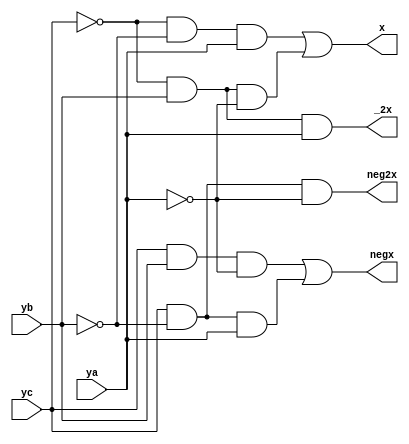
module YDecoder(
    input yc, yb, ya, //c -> i+1; b -> i; a -> i-1
    output negx, x, neg2x, _2x
    );

assign negx = (yc & yb & ~ya) | (yc & ~yb & ya);
assign x = (~yc & ~yb & ya) | (~yc & yb & ~ya);
assign neg2x = (yc & ~yb & ~ya);
assign _2x = (~yc & yb & ya);

endmodule


module BoothBase(
    input negx, x, neg2x, _2x,
    input InX,
    input PosLastX, NegLastX,
    output PosNextX, NegNextX,
    output OutX
    );

assign OutX = (negx & ~InX) | (x & InX) | (neg2x & NegLastX) | (_2x & PosLastX);
assign PosNextX = InX;
assign NegNextX = ~InX;

endmodule


module BoothInterBase(
    input [2:0] y,
    input [63:0] InX,
    output [63:0] OutX,
    output Carry
);

wire negx, x, neg2x, _2x;
wire [1:0] CarrySig [64:0];

YDecoder uu(.yc(y[2]), .yb(y[1]), .ya(y[0]), .negx(negx), .x(x), .neg2x(neg2x), ._2x(_2x));

BoothBase fir(.negx(negx), .x(x), .neg2x(neg2x), ._2x(_2x), .InX(InX[0]), .PosLastX(1'b0), .NegLastX(1'b1), .PosNextX(CarrySig[1][0]), .NegNextX(CarrySig[1][1]), .OutX(OutX[0]));

generate
    genvar i;
    for (i=1; i<64; i=i+1) begin: gfor
        BoothBase ui(
            .negx(negx),
            .x(x),
            .neg2x(neg2x),
            ._2x(_2x),
            .InX(InX[i]),
            .PosLastX(CarrySig[i][0]),
            .NegLastX(CarrySig[i][1]),
            .PosNextX(CarrySig[i+1][0]),
            .NegNextX(CarrySig[i+1][1]),
            .OutX(OutX[i])
        );
    end
endgenerate

assign Carry = negx || neg2x;

endmodule


module addr(
    input A, B, C,
    output Carry, S
    );

assign S = ~A & ~B & C | ~A & B & ~C | A & ~B & ~C | A & B & C;
assign Carry = A & B | A & C | B & C;

endmodule


module WallaceTreeBase(
    input [16:0] InData,
    input [13:0] CIn,
    output [13:0] COut,
    output C, S
    );

//first stage
wire [4:0] FirSig;
addr first1(.A(InData[4]), .B(InData[3]), .C(InData[2]), .Carry(COut[0]), .S(FirSig[0]));
addr first2(.A(InData[7]), .B(InData[6]), .C(InData[5]), .Carry(COut[1]), .S(FirSig[1]));
addr first3(.A(InData[10]), .B(InData[9]), .C(InData[8]), .Carry(COut[2]), .S(FirSig[2]));
addr first4(.A(InData[13]), .B(InData[12]), .C(InData[11]), .Carry(COut[3]), .S(FirSig[3]));
addr first5(.A(InData[16]), .B(InData[15]), .C(InData[14]), .Carry(COut[4]), .S(FirSig[4]));

//second stage
wire [3:0] SecSig;
addr second1(.A(CIn[2]), .B(CIn[1]), .C(CIn[0]), .Carry(COut[5]), .S(SecSig[0]));
addr second2(.A(InData[0]), .B(CIn[4]), .C(CIn[3]), .Carry(COut[6]), .S(SecSig[1]));
addr second3(.A(FirSig[1]), .B(FirSig[0]), .C(InData[1]), .Carry(COut[7]), .S(SecSig[2]));
addr second4(.A(FirSig[4]), .B(FirSig[3]), .C(FirSig[2]), .Carry(COut[8]), .S(SecSig[3]));

//third stage
wire [1:0] ThiSig;
addr third1(.A(SecSig[0]), .B(CIn[6]), .C(CIn[5]), .Carry(COut[9]), .S(ThiSig[0]));
addr third2(.A(SecSig[3]), .B(SecSig[2]), .C(SecSig[1]), .Carry(COut[10]), .S(ThiSig[1]));

//fourth stage
wire [1:0] ForSig;
addr fourth1(.A(CIn[9]), .B(CIn[8]), .C(CIn[7]), .Carry(COut[11]), .S(ForSig[0]));
addr fourth2(.A(ThiSig[1]), .B(ThiSig[0]), .C(CIn[10]), .Carry(COut[12]), .S(ForSig[1]));

//fifth stage
wire FifSig;
addr fifth1(.A(ForSig[1]), .B(ForSig[0]), .C(CIn[11]), .Carry(COut[13]), .S(FifSig));

//sixth stage
addr sixth1(.A(FifSig), .B(CIn[13]), .C(CIn[12]), .Carry(C), .S(S));

endmodule

//-------------------------------------------------------------------------------------------------------------------

module mul(
    input mul_clk, reset,
    input mul_signed,
    input [31:0] x, y, //x64 y33 
    output [63:0] result
    );

wire [63:0] CalX;
wire [32:0] CalY;

assign CalX = mul_signed ? {{32{x[31]}}, x} : {32'b0, x};
assign CalY = mul_signed ? {y[31], y} : {1'b0, y};

//booth
wire [16:0] Carry; //booth
wire [63:0] BoothRes [16:0]; //booth
BoothInterBase fir(.y({CalY[1], CalY[0], 1'b0}), .InX(CalX), .OutX(BoothRes[0]), .Carry(Carry[0]));

generate
    genvar i;
    for (i=2; i<32; i=i+2) begin: boothfor
        BoothInterBase ai(
            .y(CalY[i+1:i-1]),
            .InX(CalX<<i),
            .OutX(BoothRes[i>>1]),
            .Carry(Carry[i>>1])
        );
    end
endgenerate

BoothInterBase las(.y({CalY[32], CalY[32], CalY[31]}), .InX(CalX<<32), .OutX(BoothRes[16]), .Carry(Carry[16]));

reg [16:0] SecStageCarry;
reg [63:0] SecStageBoothRes [16:0];
integer p;
 
always @(posedge mul_clk) begin
    if (~reset) begin
        SecStageCarry <= Carry;
        for(p=0; p<17; p=p+1) begin
            SecStageBoothRes[p] <= BoothRes[p];
        end 
    end
end

//wallace
wire [13:0] WallaceInter [64:0];
wire [63:0] COut, SOut;

WallaceTreeBase firs(
            .InData({SecStageBoothRes[0][0], SecStageBoothRes[1][0], SecStageBoothRes[2][0], SecStageBoothRes[3][0], SecStageBoothRes[4][0], SecStageBoothRes[5][0], SecStageBoothRes[6][0],
            SecStageBoothRes[7][0], SecStageBoothRes[8][0], SecStageBoothRes[9][0], SecStageBoothRes[10][0], SecStageBoothRes[11][0], SecStageBoothRes[12][0], SecStageBoothRes[13][0], SecStageBoothRes[14][0],
            SecStageBoothRes[15][0], SecStageBoothRes[16][0]}),
            .CIn(SecStageCarry[13:0]),
            .COut(WallaceInter[1]),
            .C(COut[0]),
            .S(SOut[0])
        );

generate
    genvar n;
    for (n=1; n<64; n=n+1) begin: wallacefor
        WallaceTreeBase bi(
            .InData({SecStageBoothRes[0][n], SecStageBoothRes[1][n], SecStageBoothRes[2][n], SecStageBoothRes[3][n], SecStageBoothRes[4][n], SecStageBoothRes[5][n], SecStageBoothRes[6][n],
            SecStageBoothRes[7][n], SecStageBoothRes[8][n], SecStageBoothRes[9][n], SecStageBoothRes[10][n], SecStageBoothRes[11][n], SecStageBoothRes[12][n], SecStageBoothRes[13][n], SecStageBoothRes[14][n],
            SecStageBoothRes[15][n], SecStageBoothRes[16][n]}),
            .CIn(WallaceInter[n]),
            .COut(WallaceInter[n+1]),
            .C(COut[n]),
            .S(SOut[n])
        );
    end
endgenerate

//64bit add
assign result = SOut + {COut[62:0], SecStageCarry[14]} + SecStageCarry[15];

endmodule